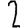
Digit: 2